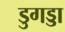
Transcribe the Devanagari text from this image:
डुगड्डा